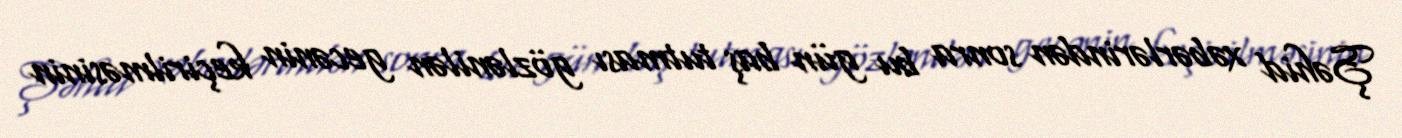
Şəhid xəbərlərindən sonra bu gün baş tutması gözlənilən gecənin keçirilməsinin